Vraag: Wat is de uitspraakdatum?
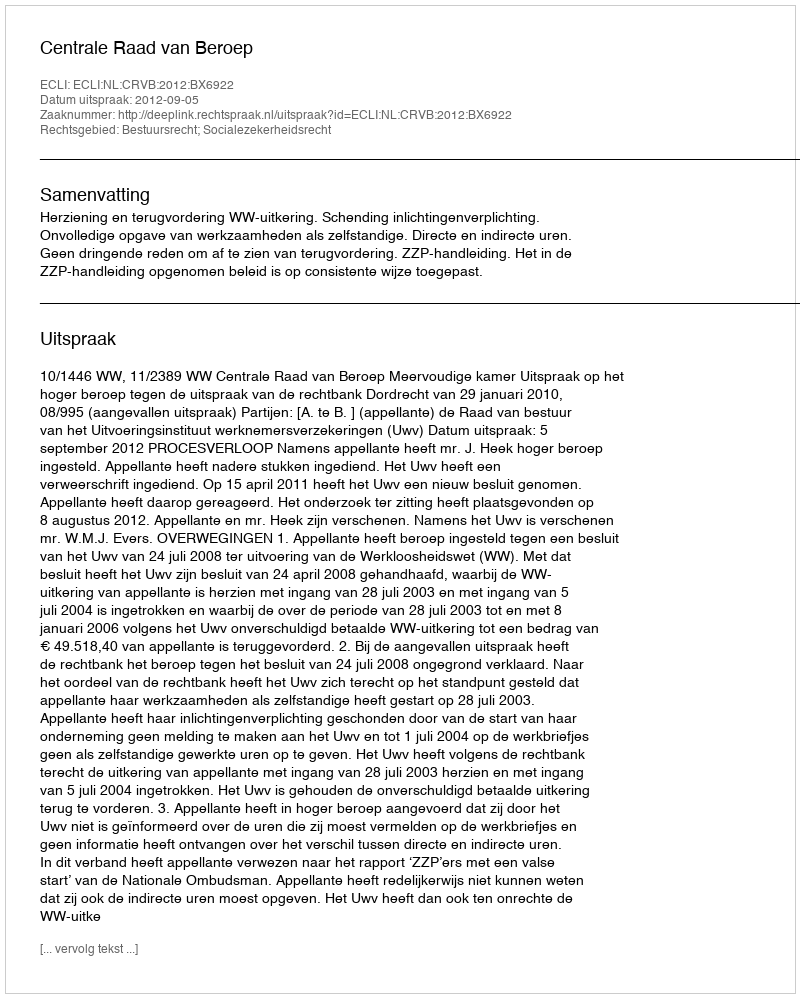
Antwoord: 2012-09-05